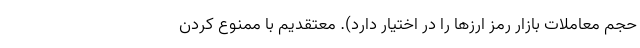
حجم معاملات بازار رمز ارزها را در اختیار دارد). معتقدیم با ممنوع کردن